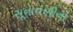
સૂનાવણીનો